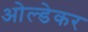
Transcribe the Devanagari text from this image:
ओल्डेकर